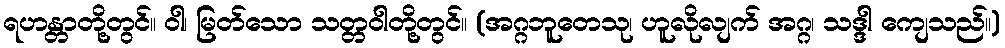
ရဟန္တာတို့တွင်။ ဝါ၊ မြတ်သော သတ္တဝါတို့တွင်။ (အဂ္ဂဘူတေသု၊ ဟူလိုလျက် အဂ္ဂ၊ သဒ္ဒါ ကျေသည်။)